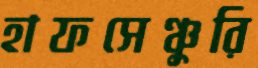
হাফসেঞ্চুরি